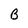
Character: B